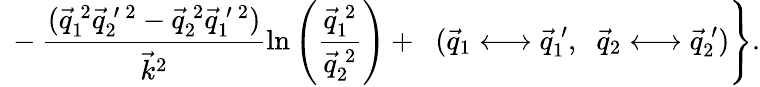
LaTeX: \left.\ -\frac{(\vec{q}_{1}^{\: 2}\vec{q}_{2}^{\: \prime\: 2}-\vec{q}_{2}^{\: 2}\vec{q}_{1}^{\: \prime\: 2})}{{\vec{k}}_{{}}^{2}}\ln\left(\frac{\vec{q}_{1}^{\: 2}}{\vec{q}_{2}^{\: 2}}\right)+\; \; (\vec{q}_{1}\longleftrightarrow\vec{q}_{1}^{\: \prime},\; \; \vec{q}_{2}\longleftrightarrow\vec{q}_{2}^{\: \prime})\right\} .